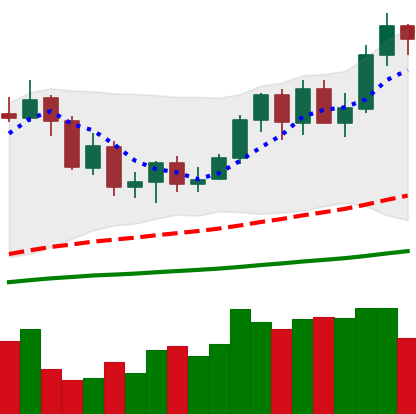
Ticker: NEO-USD
Chart end date: 2020-09-19
Forward return: -11.317%
Label: down_7plus